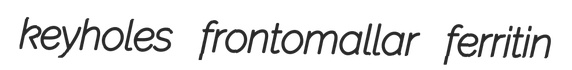
keyholes frontomallar ferritin